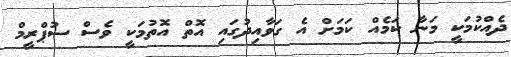
ދެއްކުމަކީ މަނާ ކަމެއް ކަމަށް އެ ގަވާއިދުގައި އޮތް އޮތުމަކީ ވެސް ސުޕްރީމް